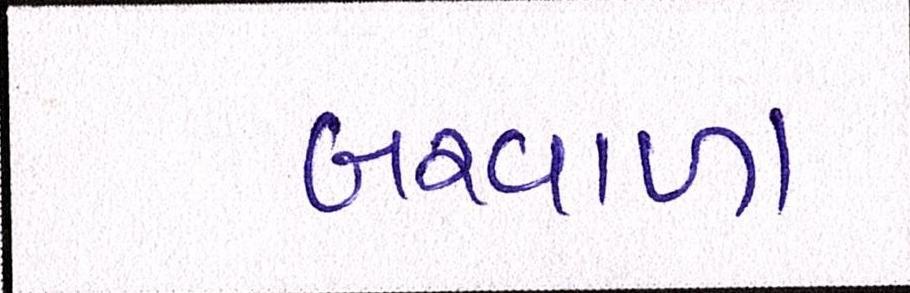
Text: બરવાળા